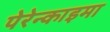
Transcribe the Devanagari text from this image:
पेरेन्काइमा